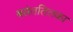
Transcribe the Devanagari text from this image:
बसंततिलका